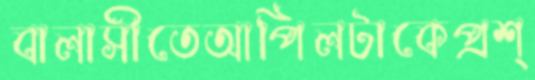
বালাসীতেআপিলটাকেপ্রশ্